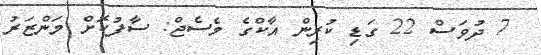
7 ދުވަސް 22 ގަޑި ކުރިން އާކްގެ މެސެޖް: ސާފުކޮށް މަންޒަރު